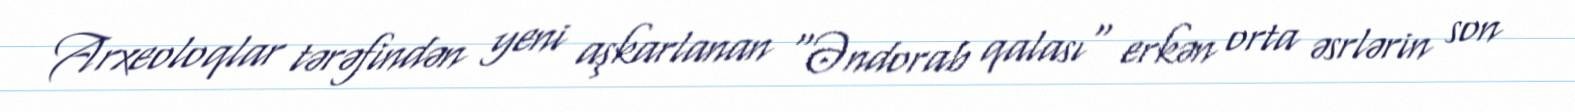
Arxeoloqlar tərəfindən yeni aşkarlanan "Əndorab qalası" erkən orta əsrlərin son